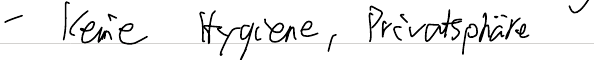
- keine Hygiene, Privatsphäre